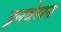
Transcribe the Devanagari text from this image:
इनवेसन